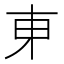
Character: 𬻍